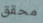
محقق